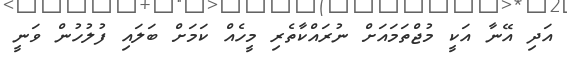
އަދި އޭނާ އަކީ މުޖްތަމައަށް ނުރައްކާތެރި މީހެއް ކަމަށް ބަލައި ފުލުހުން ވަނީ